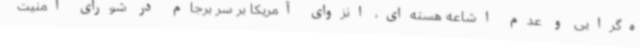
ه‌گرایی و عدم اشاعه هسته‌ای، انزوای آمریکا بر سر برجام در شورای امنیت